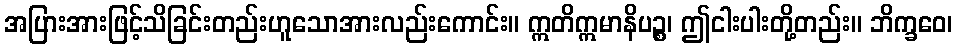
အပြားအားဖြင့်သိခြင်းတည်းဟူသောအားလည်းကောင်း။ ဣတိဣမာနိပဉ္စ၊ ဤငါးပါးတို့တည်း။ ဘိက္ခဝေ၊